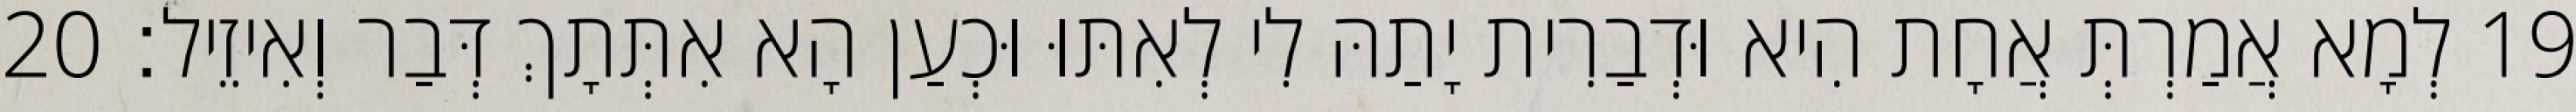
19 לְמָא אֲמַרְתְּ אֲחָת הִיא וּדְבַרִית יָתַהּ לִי לְאִתּוּ וּכְעַן הָא אִתְּתָךְ דְּבַר וְאִיזֵיל׃ 20